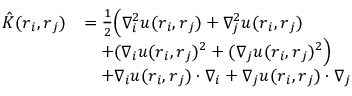
\begin{array} { r l } { \hat { K } ( \boldsymbol { r } _ { i } , \boldsymbol { r } _ { j } ) } & { = \frac { 1 } { 2 } \Big ( \nabla _ { i } ^ { 2 } u ( \boldsymbol { r } _ { i } , \boldsymbol { r } _ { j } ) + \nabla _ { j } ^ { 2 } u ( \boldsymbol { r } _ { i } , \boldsymbol { r } _ { j } ) } \\ & { \quad + ( \boldsymbol { \nabla } _ { i } u ( \boldsymbol { r } _ { i } , \boldsymbol { r } _ { j } ) ^ { 2 } + ( \boldsymbol { \nabla } _ { j } u ( \boldsymbol { r } _ { i } , \boldsymbol { r } _ { j } ) ^ { 2 } \Big ) } \\ & { \quad + \boldsymbol { \nabla } _ { i } u ( \boldsymbol { r } _ { i } , \boldsymbol { r } _ { j } ) \cdot \boldsymbol { \nabla } _ { i } + \boldsymbol { \nabla } _ { j } u ( \boldsymbol { r } _ { i } , \boldsymbol { r } _ { j } ) \cdot \boldsymbol { \nabla } _ { j } } \end{array}